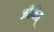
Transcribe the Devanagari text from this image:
जीवित्